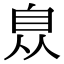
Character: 𦤈